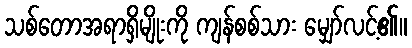
သစ်တောအရာရှိမျိုးကို ကျန်စစ်သား မျှော်လင့်၏။